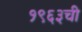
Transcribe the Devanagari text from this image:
१९६३ची